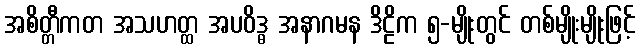
အစိတ္တီကတ အသဟတ္ထ အပဝိဒ္ဓ အနာဂမန ဒိဠိက ၅-မျိုးတွင် တစ်မျိုးမျိုးဖြင့်